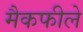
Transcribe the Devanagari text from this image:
मैकफीले